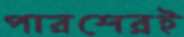
পারশেরই